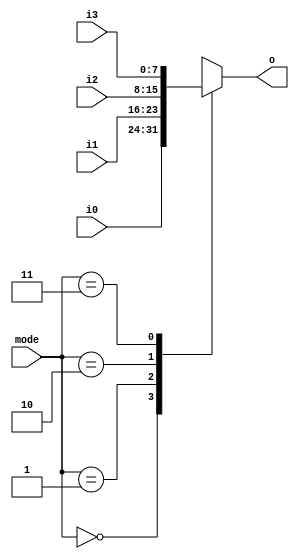
module Multiplexer(input [1:0] mode, input [7:0]i0, input [7:0]i1, input [7:0]i2, input [7:0]i3, output reg [7:0]o);
always @ (mode or i0 or i1 or i2 or i3)
case (mode)
	0: o = i0;
	1: o = i1;
	2: o = i2;
	3: o = i3;
endcase
endmodule